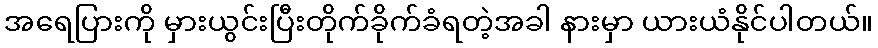
အရေပြားကို မှားယွင်းပြီးတိုက်ခိုက်ခံရတဲ့အခါ နားမှာ ယားယံနိုင်ပါတယ်။